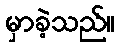
မှာခဲ့သည်။